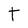
Character: T